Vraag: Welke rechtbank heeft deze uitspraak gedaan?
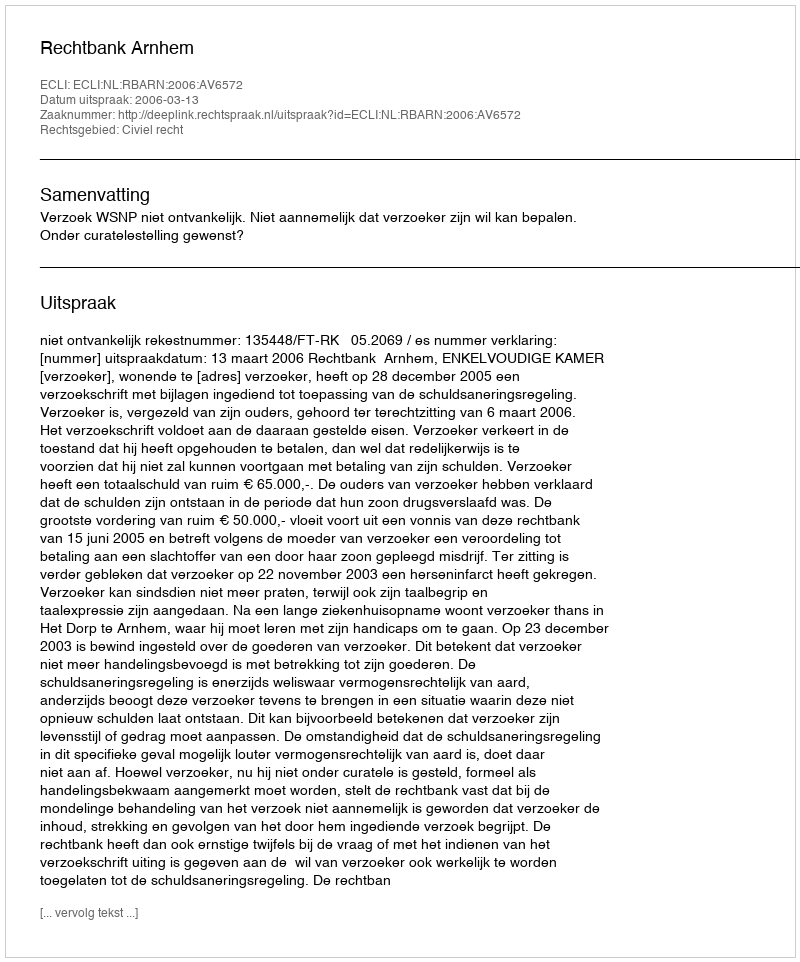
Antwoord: Rechtbank Arnhem